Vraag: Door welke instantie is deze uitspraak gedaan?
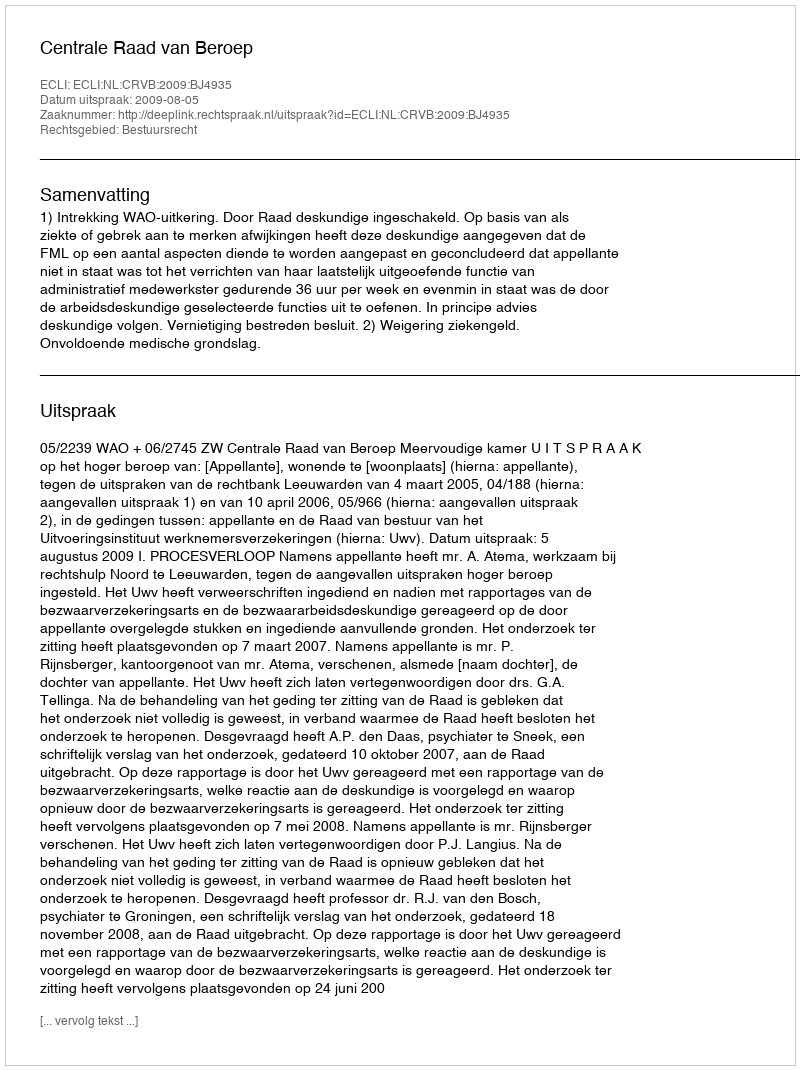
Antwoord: Centrale Raad van Beroep